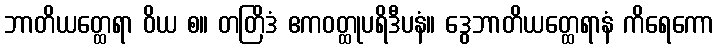
ဘာတိယတ္ထေရာ ဝိယ စ။ တတြိဒံ ဧကဝတ္ထုပရိဒီပနံ။ ဒွေဘာတိယတ္ထေရာနံ ကိရေကော